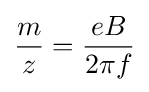
{\frac {m}{z}}={\frac {eB}{2\pi f}}